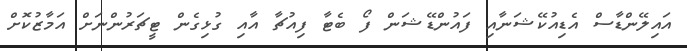
އައިލޭންޑާސް އެޑިއުކޭޝަނާއި ފައުންޑޭޝަން ފޯ ބެޓާ ފިއުޗާ އާއި ގުޅިގެން ޓީޗަރުންނަށް އަމާޒުކޮށް